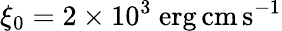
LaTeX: \xi_{0}=2\times 10^{3}~\mathrm{erg\, cm\, s^{-1}}